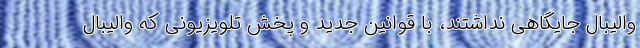
والیبال جایگاهی نداشتند، با قوانین جدید و پخش تلویزیونی که والیبال